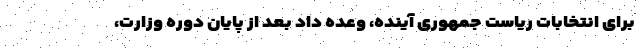
برای انتخابات ریاست جمهوری آینده، وعده داد بعد از پایان دوره وزارت،